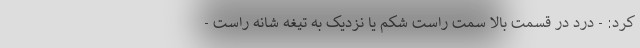
کرد: - درد در قسمت بالا سمت راست شکم یا نزدیک به تیغه شانه راست -